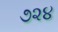
૭૨૪